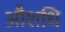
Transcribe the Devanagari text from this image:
औशधि